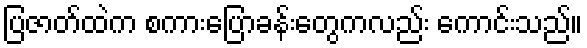
ပြဇာတ်ထဲက စကားပြောခန်းတွေကလည်း ကောင်းသည်။